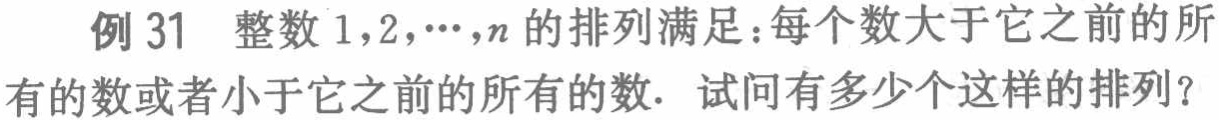
例 31 整数 \(1,2,\cdots,n\) 的排列满足：每个数大于它之前的所有的数或者小于它之前的所有的数. 试问有多少个这样的排列？